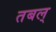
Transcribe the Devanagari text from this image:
तबल्